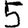
Digit: 5